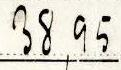
38,95